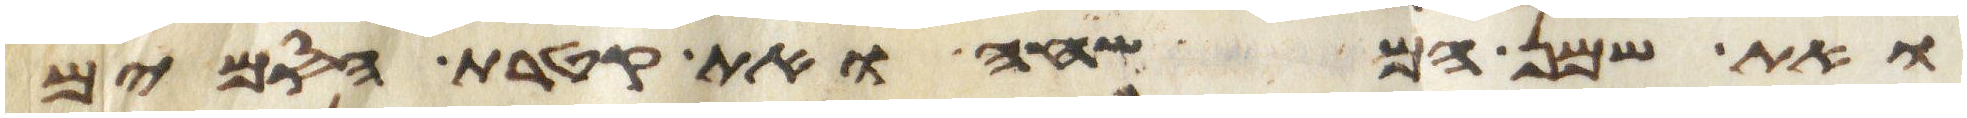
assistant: ואת שמן המשחה ואת קטרת הסמים